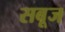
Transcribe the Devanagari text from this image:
सबूज